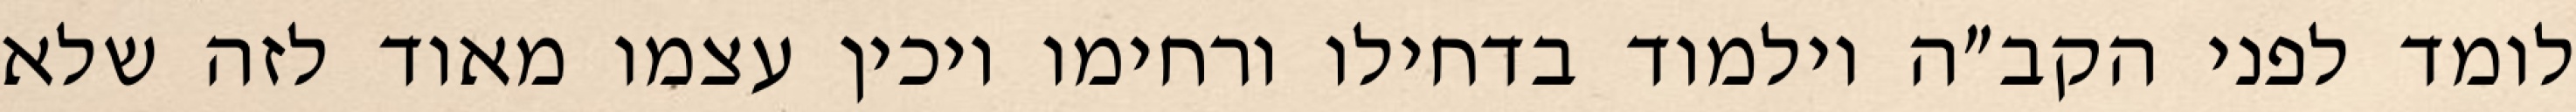
לומד לפני הקב״ה וילמוד בדחילו ורחימו ויכין עצמו מאוד לזה שלא